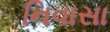
નિવાસા